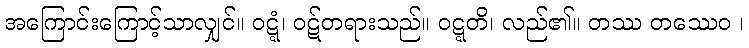
အကြောင်းကြောင့်သာလျှင်။ ဝဋ္ဋံ၊ ဝဋ်တရားသည်။ ဝဋ္ဋတိ၊ လည်၏။ တဿ တဿေဝ ၊